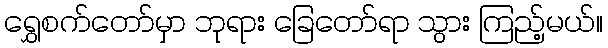
ရွှေစက်တော်မှာ ဘုရား ခြေတော်ရာ သွား ကြည့်မယ်။